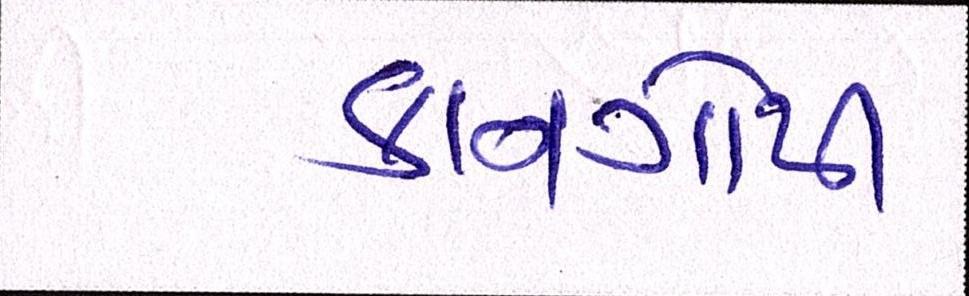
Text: કાનગોપી